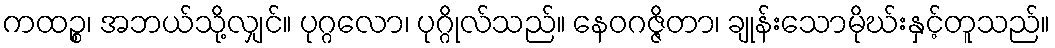
ကထဉ္စ၊ အဘယ်သို့လျှင်။ ပုဂ္ဂလော၊ ပုဂ္ဂိုလ်သည်။ နေဝဂဇ္ဇိတာ၊ ချုန်းသောမိုဃ်းနှင့်တူသည်။